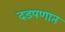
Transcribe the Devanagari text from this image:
दडपणात